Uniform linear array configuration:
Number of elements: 12
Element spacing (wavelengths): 1
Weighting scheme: hamming
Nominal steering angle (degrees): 15
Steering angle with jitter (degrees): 15.568
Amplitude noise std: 0.05
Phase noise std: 0.05

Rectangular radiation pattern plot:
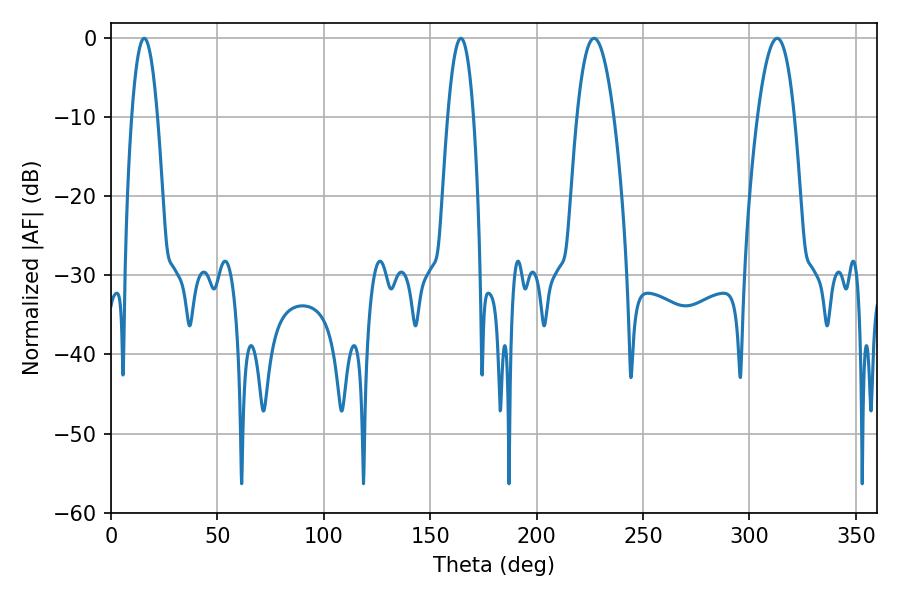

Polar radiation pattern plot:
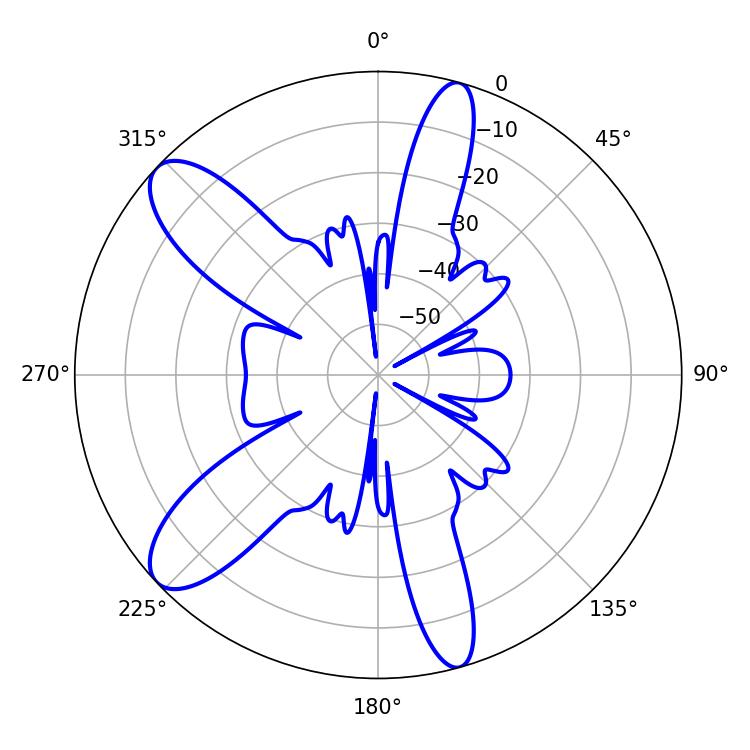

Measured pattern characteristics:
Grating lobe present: TRUE
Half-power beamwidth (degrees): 9.54
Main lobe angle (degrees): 226.98